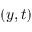
( y , t )